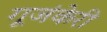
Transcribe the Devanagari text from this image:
गूजंकेरी